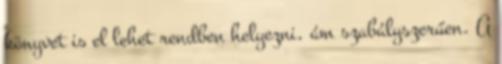
könyvet is el lehet rendben helyezni, ám szabályszerűen. A